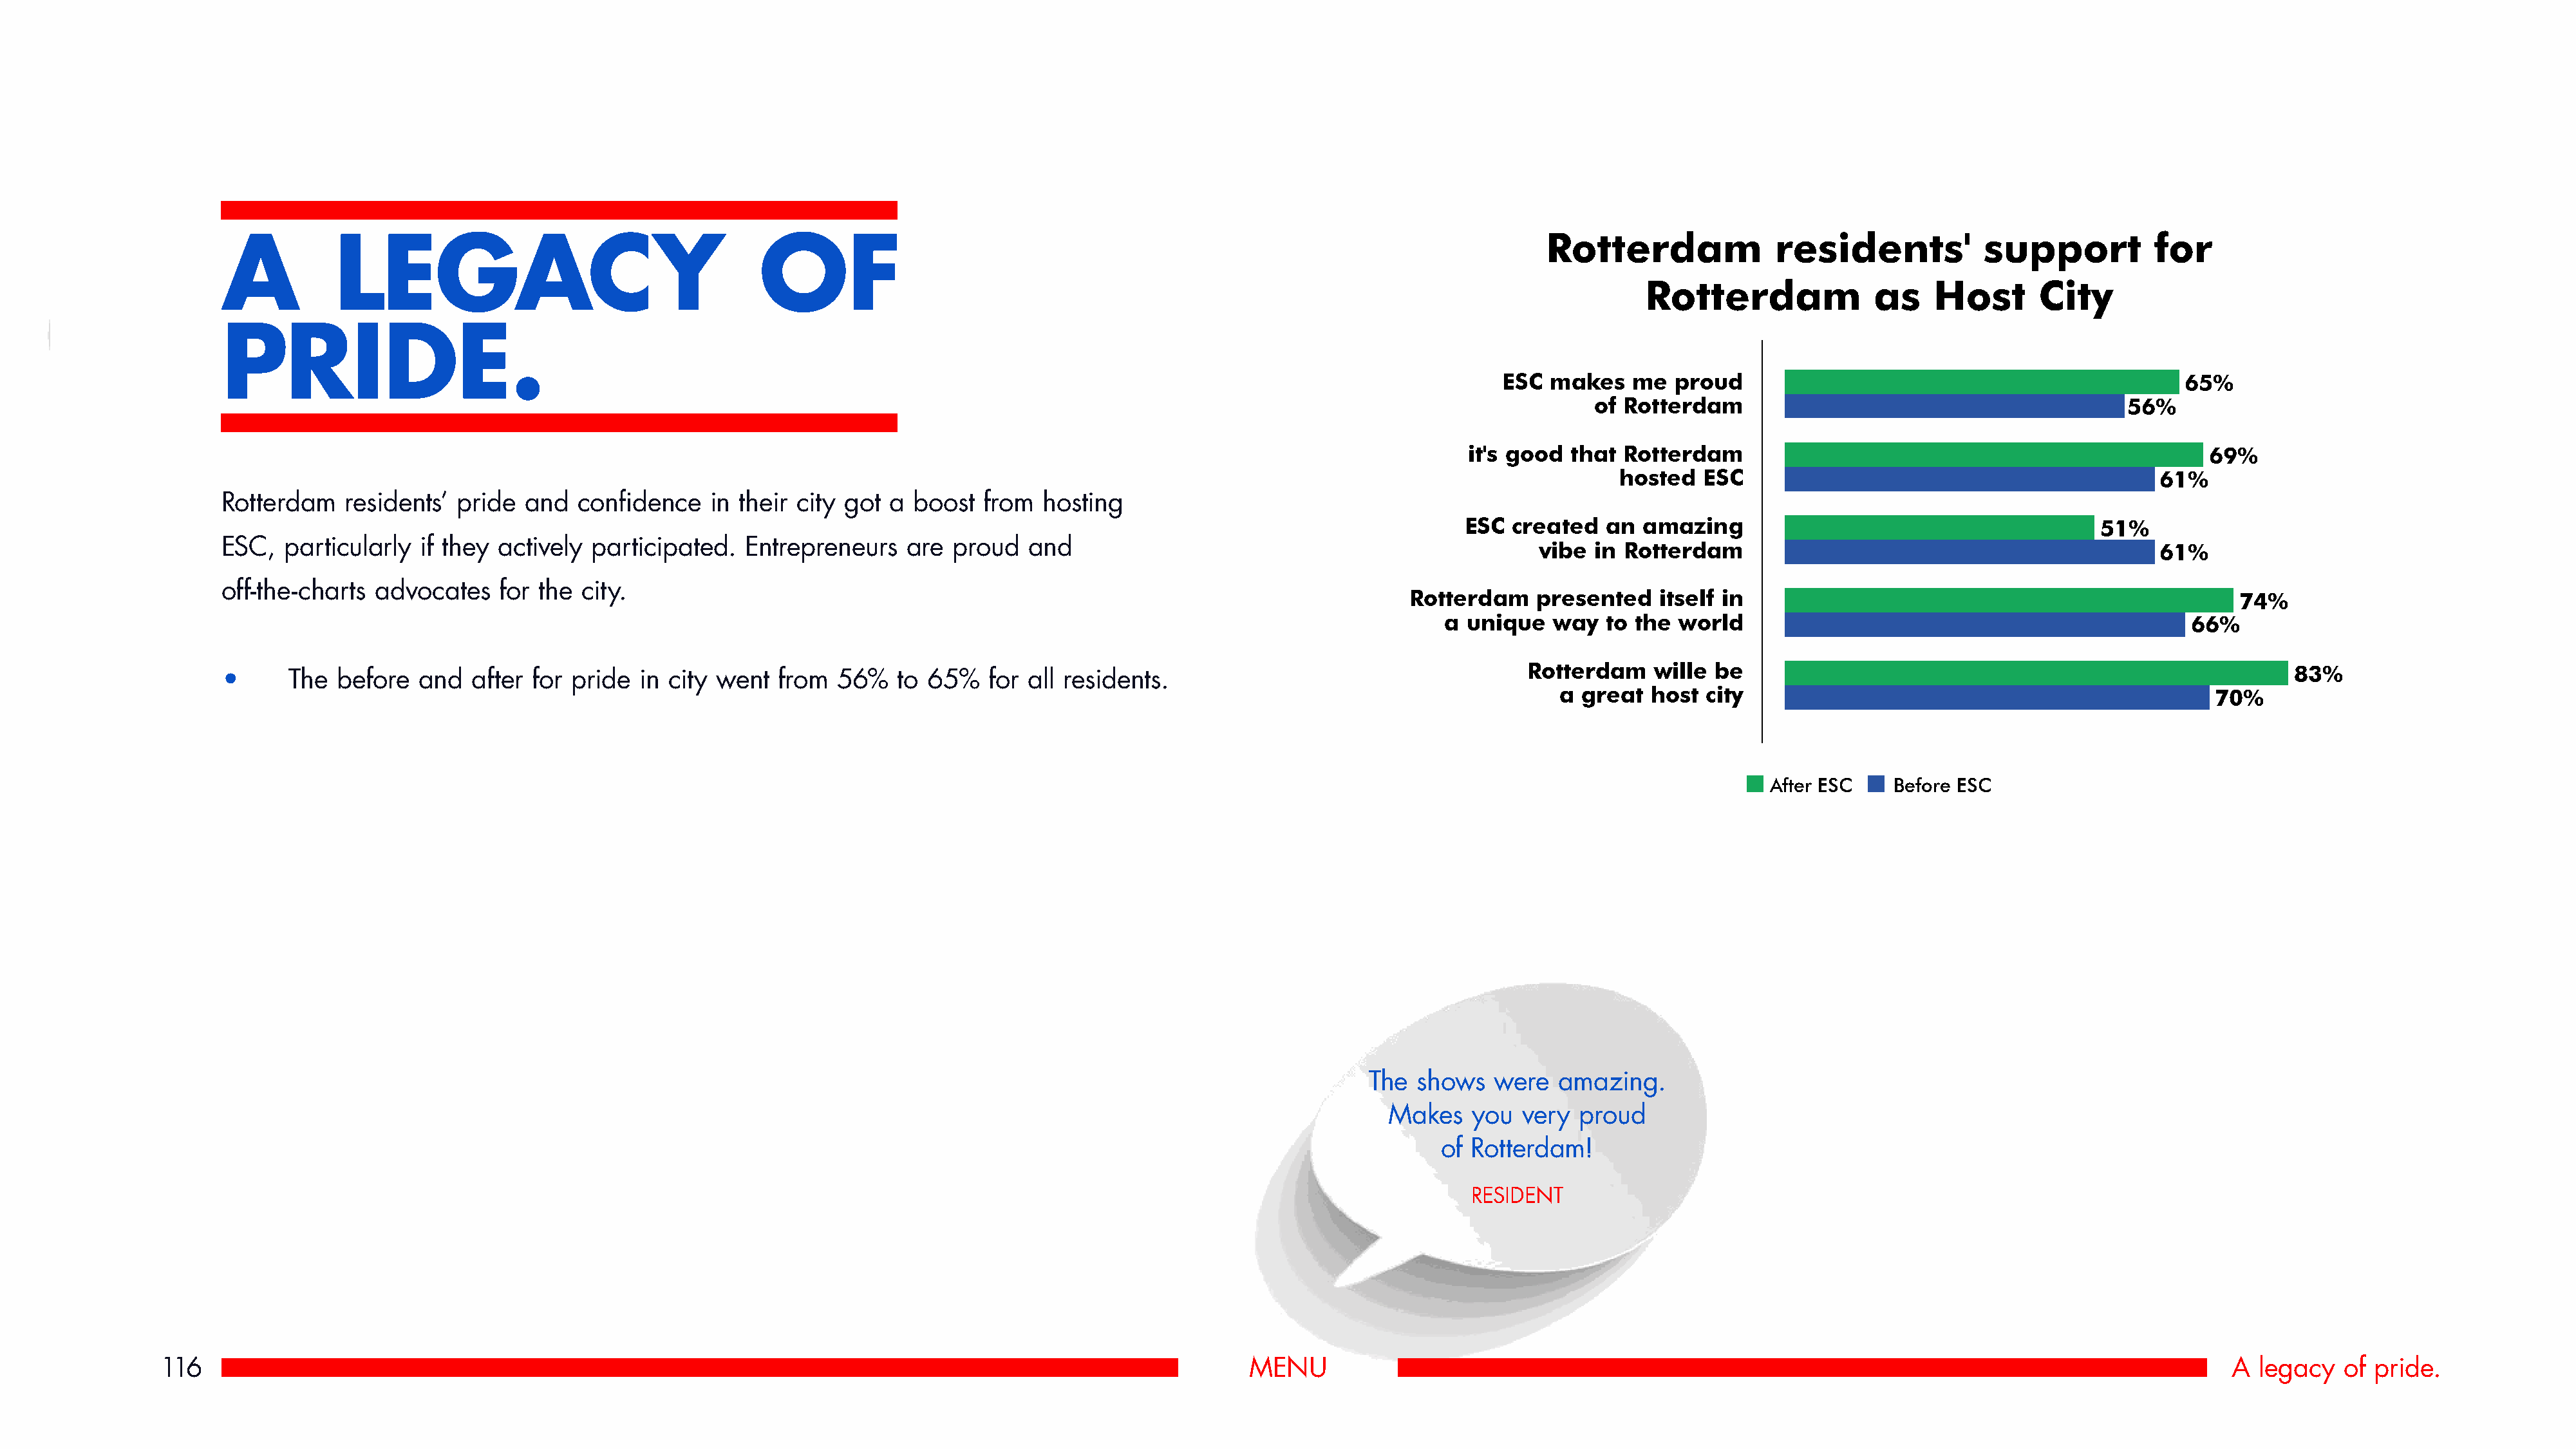
Rotterdam              residents'            support          for
 A          LEGACY                                      OF
 Rotterdam               as    Host       City
 PRIDE.
 ESC  makes    me  proud                                                65%
 of Rotterdam                                           56%
 it's good that  Rotterdam                                                   69%
 hosted   ESC                                            61%
 Rotterdam   residents’  pride  and  confidence    in their city got a  boost  from  hosting
 ESC created   an  amazing                                        51%
 ESC,  particularly  if they actively  participated.   Entrepreneurs   are  proud   and
 vibe  in Rotterdam                                              61%
 off-the-charts  advocates   for the  city.
 Rotterdam    presented    itself in                                                  74%
 a  unique   way  to the  world                                               66%
 Rotterdam    wille be                                                          83%
 •      The  before  and  after  for pride  in city went  from  56%   to 65%    for all residents.
 a  great  host city                                                 70%
 After ESC    Before ESC
 The  shows   were  amazing.
 Makes   you  very  proud
 of Rotterdam!
 RESIDENT
 116                                                                                                             MENU                                                                                                 A  legacy   of pride.